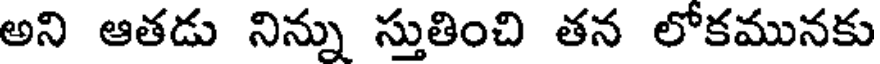
అని ఆతడు నిన్ను స్తుతించి తన లోకమునకు